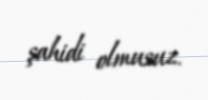
şahidi olmusuz.